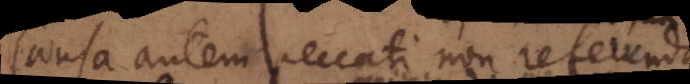
Causa autem peccati non referenda